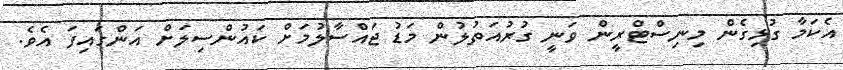
އެކަމާ ގުޅިގެން މިނިސްޓްރީން ވަނީ ގުރުއަތުލުން މަޑު ޖައްސާލުމަށް ކައުންސިލަށް އަންގައިފަ އެވެ.